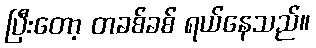
ပြီးတော့ တခစ်ခစ် ရယ်နေသည်။